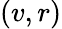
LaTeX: (v,r)